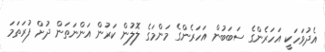
އެދުވަހަކީ އަހަރެންގެ ސަބަބުން އަހަރެންގެ މަންމަގެ ލޮލުން ކަރުން އަންނަތަން ދުށް ފުރަތަމަ